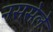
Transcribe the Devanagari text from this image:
नससेले